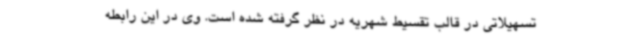
تسهیلاتی در قالب تقسیط شهریه در نظر گرفته شده است. وی در این رابطه